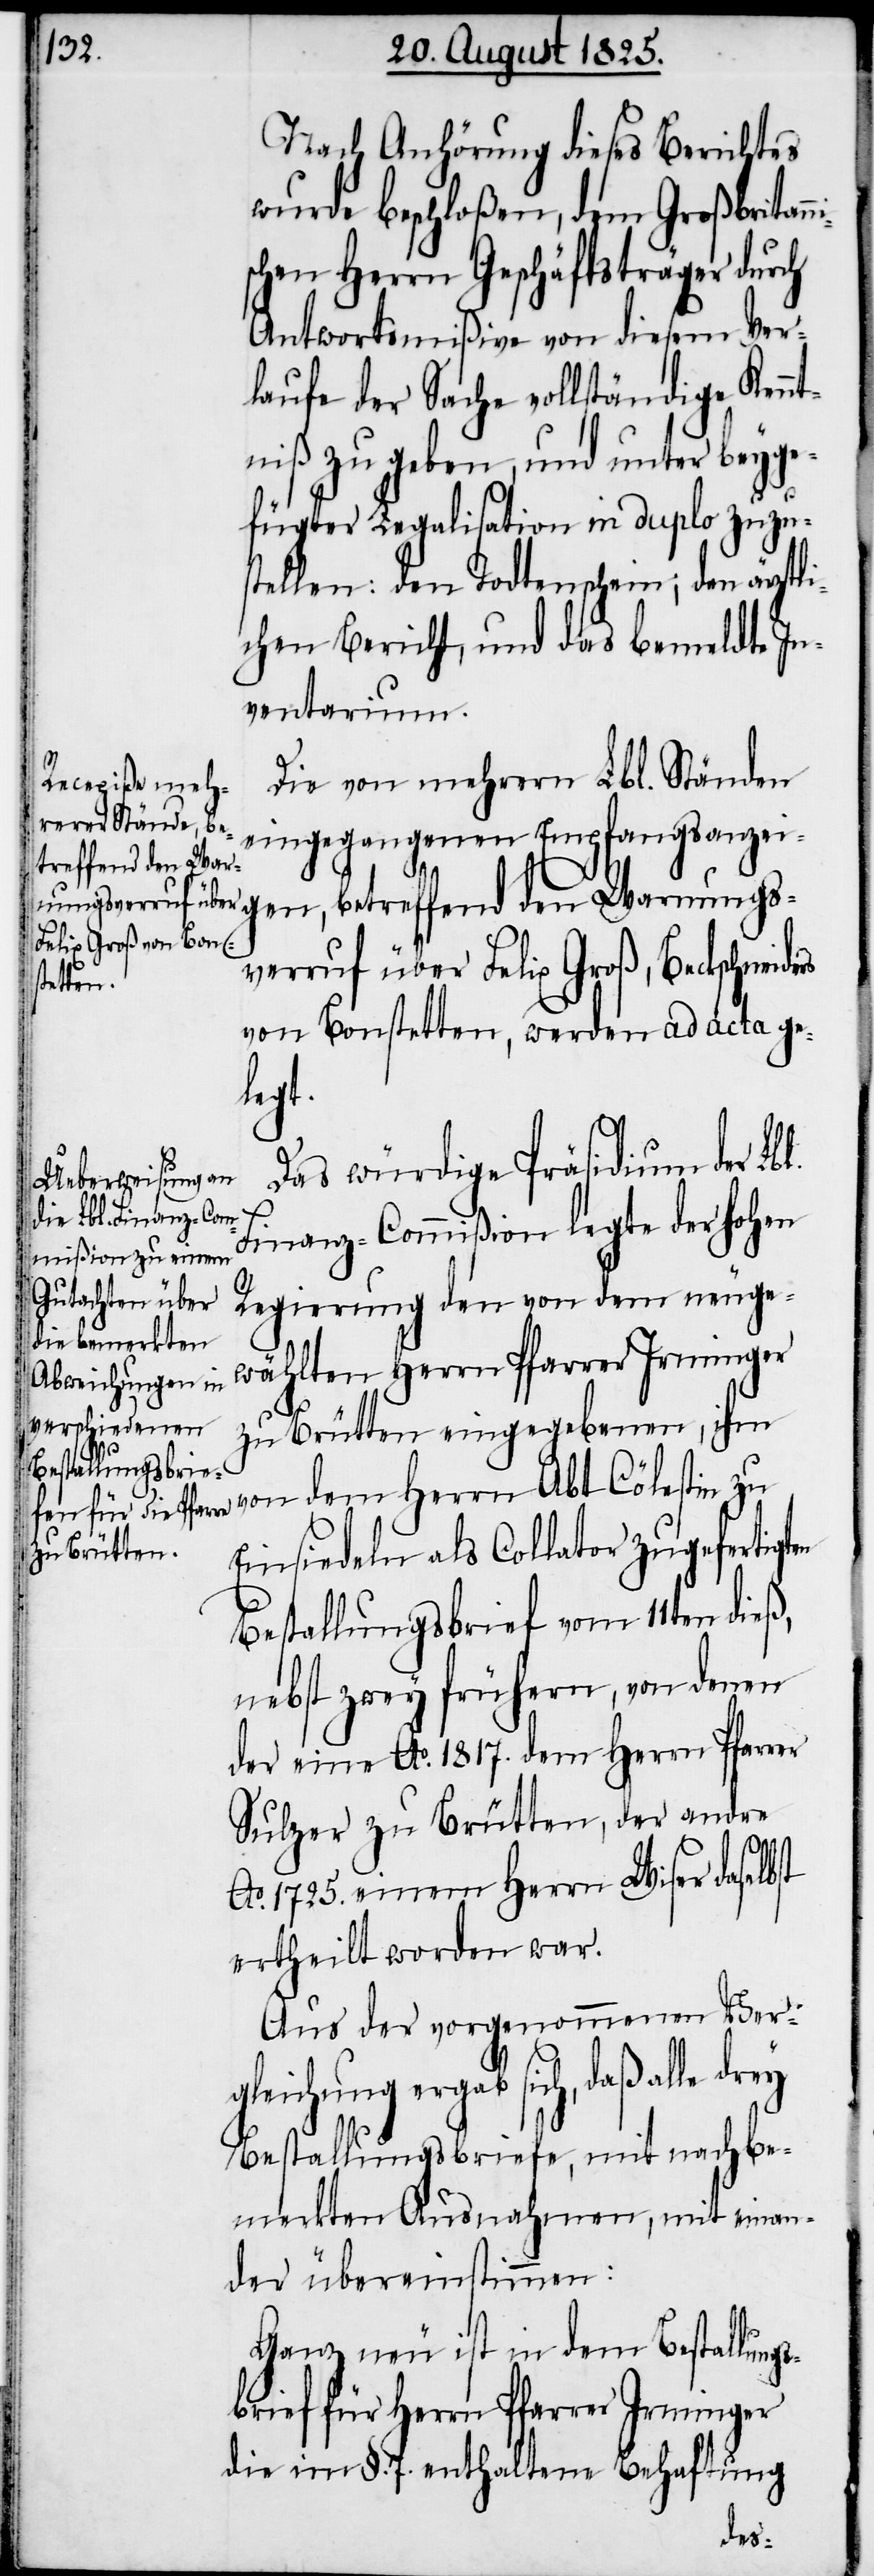
ten

Nach Anhörung dieses Berichtes
wurde beschloßen, dem Großbritan¬
chen Herrn Geschäftsträger durch
Antwortsmißive von diesem Ver¬
laufe der Sache vollständige Kennt¬
niß zu geben, und unter beyge¬
fügter Legalisation in duplo zuzu¬
stellen: Den Todtenschein, den ärztli¬
chen Bericht, und das bemeldte In¬
ventarium.
Die von mehrern Lbl. Ständen
eingegangenen Empfangsanzei¬
gen, betreffend den Warnungs¬
verruf über Felix Groß, Beckschnei¬
von Bonstetten, werden ad acta ge¬
legt.
Das würdige Präsidium der Lbl.
Finanz-Commißion legte der hohen
Regierung den von dem neuge¬
wählten Herrn Pfarrer Irminger
zu Brütten eingegebenen, ihm
von dem Herrn Abt Cölestin zu
Einsiedeln als Collator zugefertig¬
Bestallungsbrief vom 11ten dieß,
nebst zwey frühern, von denen
der eine Ao. 1817. dem Herrn Pfarrer
Sulzer zu Brütten, der andre
Ao. 1725. einem Herrn Wiser daselbst
ertheilt worden war.
Aus der vorgenommenen Ver¬
gleichung ergab sich, daß alle drey
Bestallungsbriefe, mit nachbe¬
merkten Ausnahmen, mit einan¬
der übereinstimmen:
Ganz neu ist in dem Bestallungs¬
brief für Herrn Pfarrer Irminger
die im §. 7. enthaltene Behaftung
ders